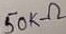
Text: 50KΩ